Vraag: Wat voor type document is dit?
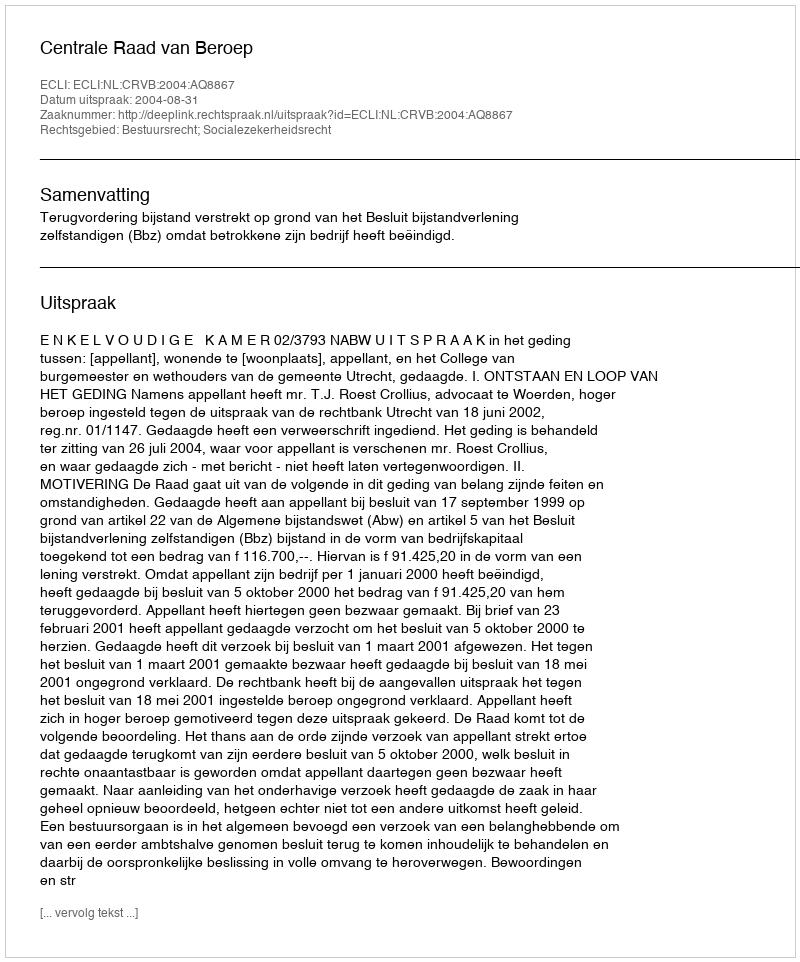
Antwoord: Uitspraak